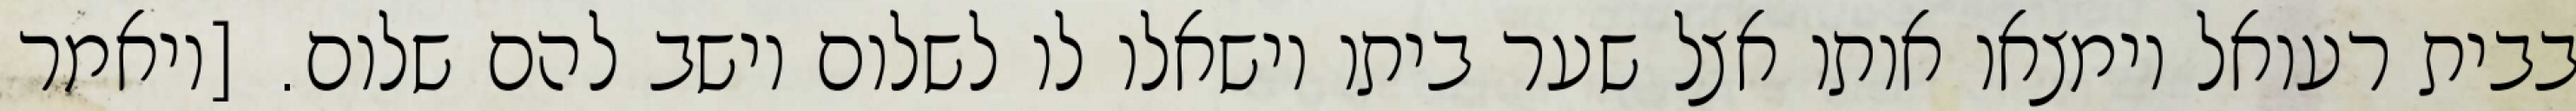
בבית רעואל וימצאו אותו אצל שער ביתו וישאלו לו לשלום וישב להם שלום. [ויאמר